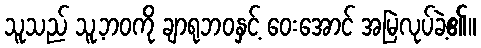
သူသည် သူ့ဘဝကို ချာရုဘဝနှင့် ဝေးအောင် အမြဲလုပ်ခဲ့၏။